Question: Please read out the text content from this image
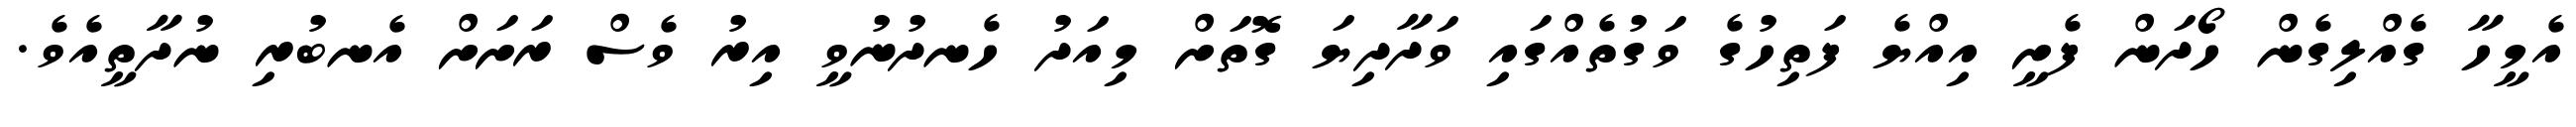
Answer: އެމީހާ ގެއްލިގެން ހޯދަން ފެށީ އިއްޔެ ފަތިހުގެ ވަގުތެއްގައި ވަދާދިޔަ ގޮތަށް މިއަދު ހެނދުނުވީ އިރު ވެސް ރަށަށް އެނބުރި ނުދާތީއެވެ.